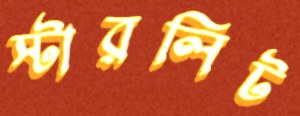
স্টারলিট